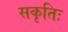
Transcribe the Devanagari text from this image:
सकृतिः